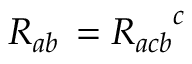
R _ { a b } \, = { R _ { a c b } } ^ { c }